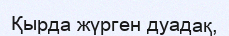
Қырда жүрген дуадақ,